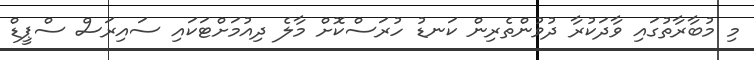
މި މުބާރާތުގައި ވާދަކުރާ ދުވުންތެރިން ކަނޑު ހުރަސްކޮށް މާލެ ދިއުމަށްޓަކައި ސައިރަސް ސްޕީޑް